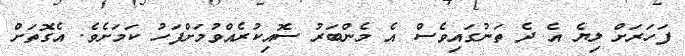
ފަހަރަށް ލިޔެ އެ ދެ ތަނުގައިވެސް އެ މެންބަރު ސޮއިކުރެއްވުމަށްފަހު ކަމަށެވެ. އެގޮތަށް